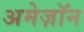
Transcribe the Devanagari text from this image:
अमेज़ॉन